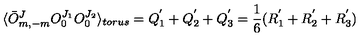
\langle \bar { O } _ { m , - m } ^ { J } O _ { 0 } ^ { J _ { 1 } } O _ { 0 } ^ { J _ { 2 } } \rangle _ { t o r u s } = Q _ { 1 } ^ { ' } + Q _ { 2 } ^ { ' } + Q _ { 3 } ^ { ' } = \frac { 1 } { 6 } ( R _ { 1 } ^ { ' } + R _ { 2 } ^ { ' } + R _ { 3 } ^ { ' } )